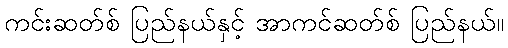
ကင်းဆတ်စ် ပြည်နယ်နှင့် အာကင်ဆတ်စ် ပြည်နယ်။